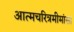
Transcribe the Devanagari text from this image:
अात्मचरित्रमीमांसा